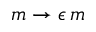
m \rightarrow \epsilon \, m